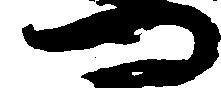
つ